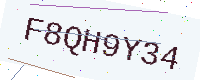
Text: F8QH9Y34